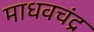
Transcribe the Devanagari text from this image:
माधवचंद्र